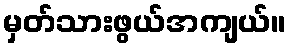
မှတ်သားဖွယ်အကျယ်။